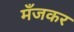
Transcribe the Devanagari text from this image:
मँजकर